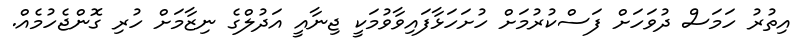
އިތުރު ހަމަސް ދުވަހަށް ފަސްކުރުމަށް ހުށަހަޅާފައިވާވުމަކީ ޖިނާއީ އަދުލްގެ ނިޒާމަށް ހުރި ގޮންޖެހުމެއް.